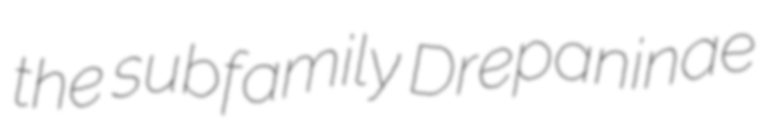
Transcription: the subfamily Drepaninae